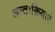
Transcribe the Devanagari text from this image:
अन्तःक्रियाएं